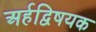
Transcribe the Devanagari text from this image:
अर्हद्विषयक